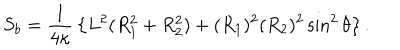
LaTeX: S _ { b } = { \frac { 1 } { 4 \kappa } } \left\{ L ^ { 2 } ( R _ { 1 } ^ { 2 } + R _ { 2 } ^ { 2 } ) + ( R _ { 1 } ) ^ { 2 } ( R _ { 2 } ) ^ { 2 } \sin ^ { 2 } \theta \right\} .